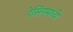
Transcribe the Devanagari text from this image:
रेसिंगमध्ये